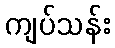
ကျပ်သန်း